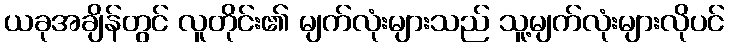
ယခုအချိန်တွင် လူတိုင်း၏ မျက်လုံးများသည် သူ့မျက်လုံးများလိုပင်